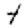
Digit: 4